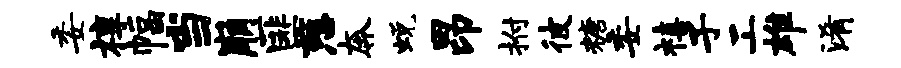
委椁幅当崩匪慈奔蜕昂拊彼糖委禧子工雄淆